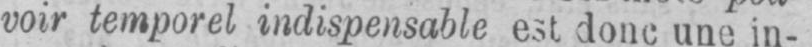
voir temporel indispensable est donc une in-